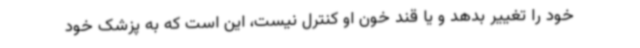
خود را تغییر بدهد و یا قند خون او کنترل نیست، این است که به پزشک خود